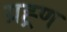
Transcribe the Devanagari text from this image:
ग्रह्र्ण